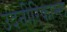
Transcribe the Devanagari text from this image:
उदनीरिकाम्ल